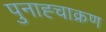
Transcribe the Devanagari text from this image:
पुनाह्चाक्रण